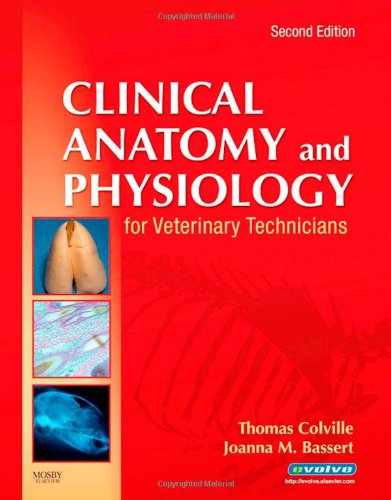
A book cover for Clinical Anatomy and Physiology for Veterinary Technicians, 2e; Thomas P. Colville DVM  MSc; Medical Books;